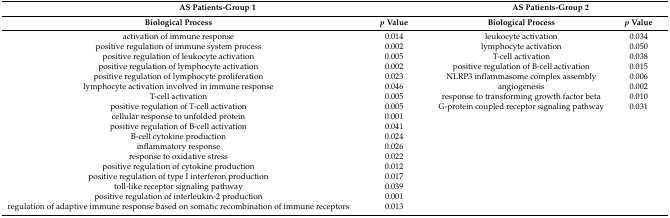
<table><thead><tr><td colspan="2"><b>AS Patients-Group 1</b></td><td colspan="2"><b>AS Patients-Group 2</b></td></tr><tr><td><b>Biological Process</b></td><td><b><i>p</i> Value</b></td><td><b>Biological Process</b></td><td><b><i>p</i> Value</b></td></tr></thead><tbody><tr><td>activation of immune response </td><td>0.014</td><td>leukocyte activation </td><td>0.034</td></tr><tr><td>positive regulation of immune system process </td><td>0.002</td><td>lymphocyte activation </td><td>0.050</td></tr><tr><td>positive regulation of leukocyte activation </td><td>0.005</td><td>T-cell activation </td><td>0.038</td></tr><tr><td>positive regulation of lymphocyte activation </td><td>0.002</td><td>positive regulation of B-cell activation </td><td>0.015</td></tr><tr><td>positive regulation of lymphocyte proliferation </td><td>0.023</td><td>NLRP3 inflammasome complex assembly </td><td>0.006</td></tr><tr><td>lymphocyte activation involved in immune response </td><td>0.046</td><td>angiogenesis </td><td>0.002</td></tr><tr><td>T-cell activation</td><td>0.005</td><td>response to transforming growth factor beta </td><td>0.010</td></tr><tr><td>positive regulation of T-cell activation </td><td>0.005</td><td>G-protein coupled receptor signaling pathway </td><td>0.031</td></tr><tr><td>cellular response to unfolded protein</td><td>0.001</td><td></td><td></td></tr><tr><td>positive regulation of B-cell activation</td><td>0.041</td><td></td><td></td></tr><tr><td>B-cell cytokine production </td><td>0.024</td><td></td><td></td></tr><tr><td>inflammatory response </td><td>0.026</td><td></td><td></td></tr><tr><td>response to oxidative stress </td><td>0.022</td><td></td><td></td></tr><tr><td>positive regulation of cytokine production </td><td>0.012</td><td></td><td></td></tr><tr><td>positive regulation of type I interferon production </td><td>0.017</td><td></td><td></td></tr><tr><td>toll-like receptor signaling pathway </td><td>0.039</td><td></td><td></td></tr><tr><td>positive regulation of interleukin-2 production </td><td>0.001</td><td></td><td></td></tr><tr><td>regulation of adaptive immune response based on somatic recombination of immune receptors </td><td>0.013</td><td></td><td></td></tr></tbody></table>